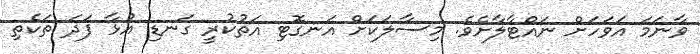
ވާނަމަ އަވަހަށް ނައްޓާލާށެވެ. މިސާލަކަށް އަނގޮޓި އަތުކުރީ ގަނޑި އުޅާ ފަދަ ތަކެތި